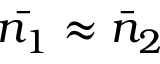
\bar { n _ { 1 } } \approx \bar { n } _ { 2 }